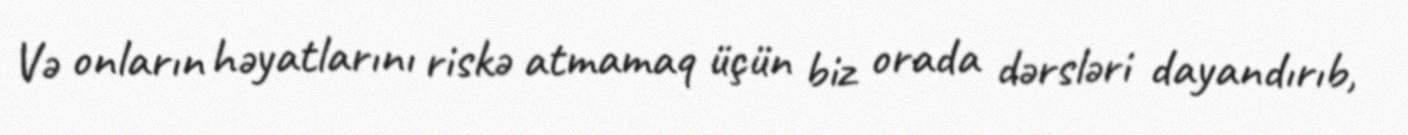
Və onların həyatlarını riskə atmamaq üçün biz orada dərsləri dayandırıb,